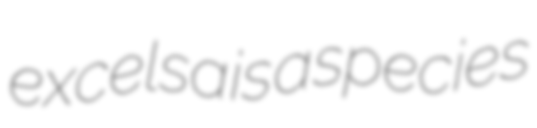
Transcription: excelsa is a species